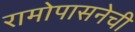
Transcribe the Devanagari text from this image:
रामोपासनेची